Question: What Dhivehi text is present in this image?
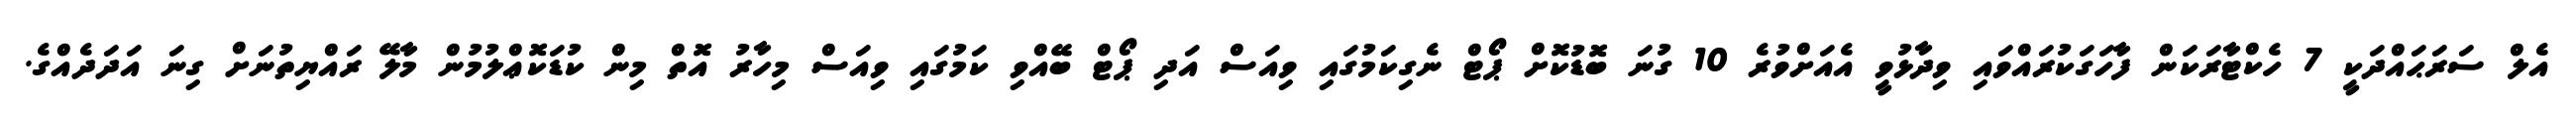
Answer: އެލް ސަރަޙައްދަކީ 7 ހެކްޓާރަކަން ފާހަގަކުރައްވައި ވިދާޅުވީ އެއަށްވުރެ 10 ގުނަ ބޮޑުކޮށް ޕޯޓް ނެގިކަމުގައި ވިއަސް އަދި ޕޯޓް ބޭއްވި ކަމުގައި ވިއަސް މިހާރު އޮތް މިން ކުޑަކޮޢްލުމުން މާލޭ ރައްޔިތުނަށް ގިނަ އަދަދެއްގެ.